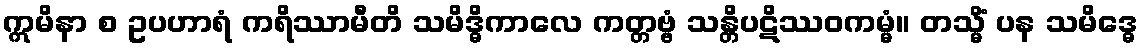
ဣမိနာ စ ဥပဟာရံ ကရိဿာမီတိ သမိဒ္ဓိကာလေ ကတ္တဗ္ဗံ သန္တိပဋိဿဝကမ္မံ။ တသ္မိံ ပန သမိဒ္ဓေ